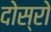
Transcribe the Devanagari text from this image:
दोस्रो